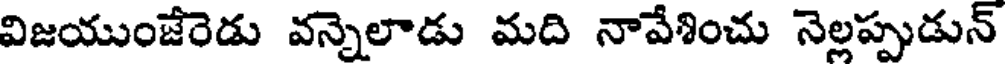
విజయుంజేరెడు వన్నెలాడు మది నావేశించు నెల్లప్పుడున్